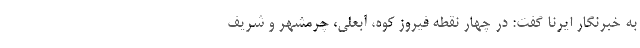
به خبرنگار ایرنا گفت: در چهار نقطه فیروز کوه، آبعلی، چرمشهر و شریف